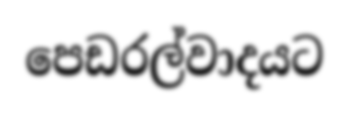
පෙඩරල්වාදයට